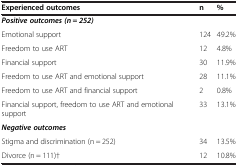
| Experienced outcomes | n | % |
 | --- | --- | --- |
 | Positive outcomes (n = 252) |  |  |
 | Emotional support | 124 | 49.2% |
 | Freedom to use ART | 12 | 4.8% |
 | Financial support | 30 | 11.9% |
 | Freedom to use ART and emotional support | 28 | 11.1% |
 | Freedom to use ART and financial support | 2 | 0.8% |
 | Financial support, freedom to use ART and emotional support | 33 | 13.1% |
 | Negative outcomes |  |  |
 | Stigma and discrimination (n = 252) | 34 | 13.5% |
 | Divorce (n = 111)† | 12 | 10.8% |